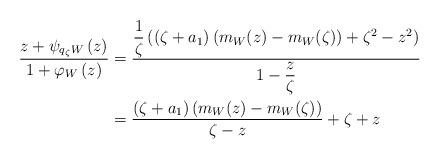
LaTeX: \begin{align*}\dfrac{z+\psi_{q_{\zeta}W}\left( z\right) }{1+\varphi_{W}\left( z\right) } &=\dfrac{\dfrac{1}{\zeta}\left( \left( \zeta+a_{1}\right) \left(m_{W}(z)-m_{W}(\zeta)\right) +\zeta^{2}-z^{2}\right) }{1-\dfrac{z}{\zeta}} \\& =\dfrac{\left( \zeta+a_{1}\right) \left( m_{W}(z)-m_{W}(\zeta)\right) }{\zeta-z}+\zeta+z \end{align*}